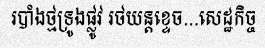
របាំងថ្មទ្រូងផ្លូវ រថយន្តខ្ទេច...សេដ្ឋកិច្ច